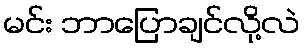
မင်း ဘာပြောချင်လို့လဲ